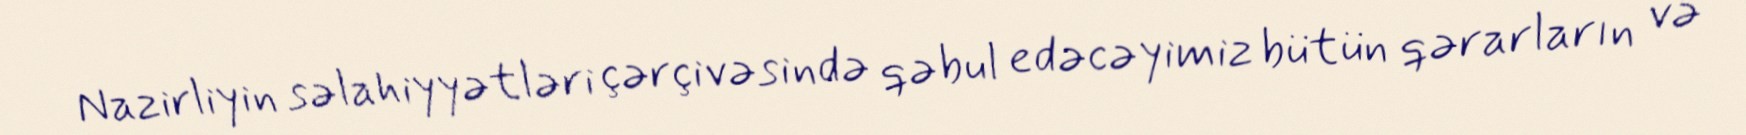
Nazirliyin səlahiyyətləri çərçivəsində qəbul edəcəyimiz bütün qərarların və